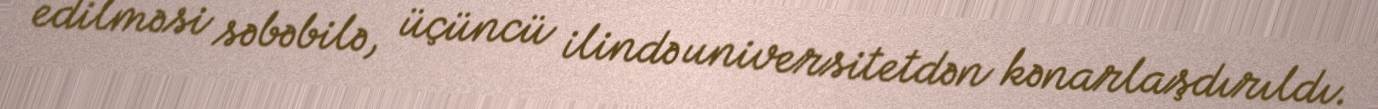
edilməsi səbəbilə, üçüncü ilində universitetdən kənarlaşdırıldı.